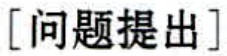
[问题提出]